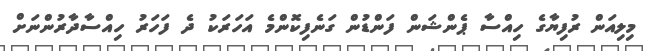
މިލިއަން ރުފިޔާގެ ހިއްސާ ޕެންޝަން ފަންޑުން ގަނެފިކޮންމެ އަހަރަކު ދެ ފަހަރު ހިއްސާދާރުންނަށް